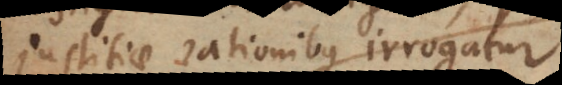
justitiae rationibus irrogatur.